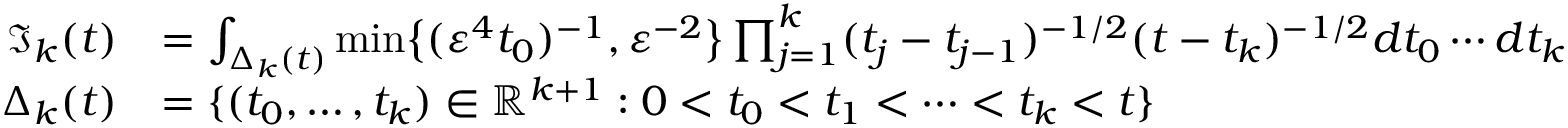
\begin{array} { r l } { \mathfrak { I } _ { k } ( t ) } & { = \int _ { \Delta _ { k } ( t ) } \mathrm { m i n } \big \{ ( \varepsilon ^ { 4 } t _ { 0 } ) ^ { - 1 } , \varepsilon ^ { - 2 } \big \} \prod _ { j = 1 } ^ { k } ( t _ { j } - t _ { j - 1 } ) ^ { - 1 / 2 } ( t - t _ { k } ) ^ { - 1 / 2 } d t _ { 0 } \cdots d t _ { k } } \\ { \Delta _ { k } ( t ) } & { = \lbrace ( t _ { 0 } , \dots , t _ { k } ) \in \mathbb R ^ { k + 1 } : 0 < t _ { 0 } < t _ { 1 } < \dots < t _ { k } < t \rbrace } \end{array}